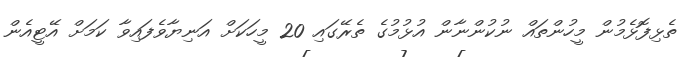
ތެޅިފޮޅެމުން މީހުންތައް ނުކުންނާން އުޅުމުގެ ތެރޭގައި 20 މީހަކަށް އަނިޔާވެފައިވާ ކަމަށް އޭޓީއެން